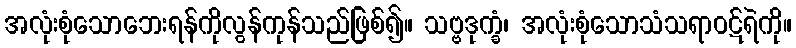
အလုံးစုံသောဘေးရန်ကိုလွန်ကုန်သည်ဖြစ်၍။ သဗ္ဗဒုက္ခံ၊ အလုံးစုံသောသံသရာဝဋ်ရဲကို။